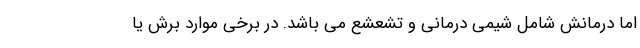
اما درمانش شامل شیمی درمانی و تشعشع می باشد. در برخی موارد برش یا